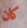
كان